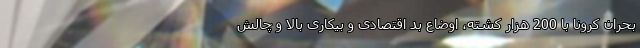
بحران کرونا با 200 هزار کشته، اوضاع بد اقتصادی و بیکاری بالا و چالش